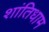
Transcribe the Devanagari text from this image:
शांतिधाम